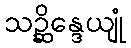
သဉ္ဆိန္ဒေယျုံ